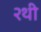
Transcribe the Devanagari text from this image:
२थी